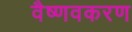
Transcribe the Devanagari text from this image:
वैष्णवकरण